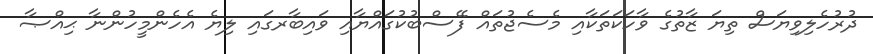
ދުރުހެލިވިޔަސް ތިިޔަ ޒާތުގެ ވާހަކަތަކާއި މެސެޖުތައް ފޭސްބުކުގައްޔާއި ވައިބާރގައި ލިޔެ އެހެންމީހުންނާ ޙިއްޞާ